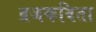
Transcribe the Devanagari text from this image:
व्रजकविता